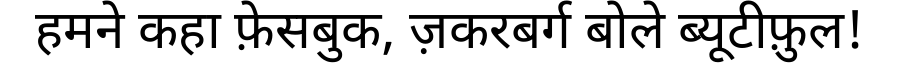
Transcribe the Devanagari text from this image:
हमने कहा फ़ेसबुक, ज़करबर्ग बोले ब्यूटीफ़ुल!